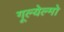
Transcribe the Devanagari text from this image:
गूल्येल्मो